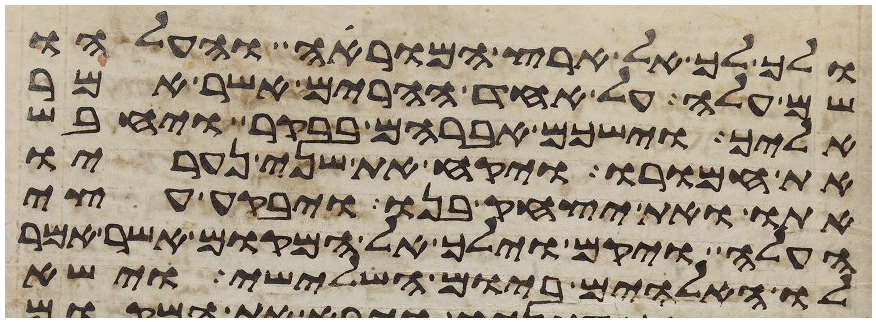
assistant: ולך לך אל ארץ המוראה והעלהו
שם עלה על אחד ההרים אשר אמר
אליך וישכם אברהם בבקר ויחבש
את חמורו ויקח את שני נעריו
אתו ואת יצחק בנו ויבקע עצי
העלה ויקם וילך אל המקום אשר אמר
לו האלהים ביום השלישי וישא